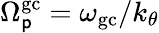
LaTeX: \Omega_{\mathsf{p}}^{\mathrm{{gc}}}=\omega_{\mathrm{{gc}}}/k_{\theta}